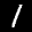
Label: 1